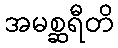
အမစ္ဆရီတိ